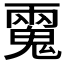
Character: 𩳮